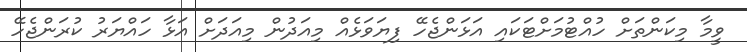
ވީމާ މިކަންތަށް ހުއްޓުމަށްޓަކައި އަޅަންޖެހޭ ފިޔަވަޅެއް މިއަދުން މިއަދަށް އަޅާ ހައްޔަރު ކުރަންޖެހޭ